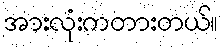
အားလုံးကတားတယ်။